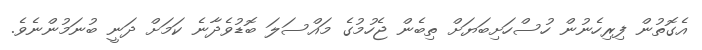
އެގޮތުން ފިރިހެނުން ހުސްހަށިބަޔަށް ތިބެން ޖެހުމުގެ މައްސަލަ ބޮޑުވެދާނެ ކަމަށް ދަނީ ބުނަމުންނެވެ.